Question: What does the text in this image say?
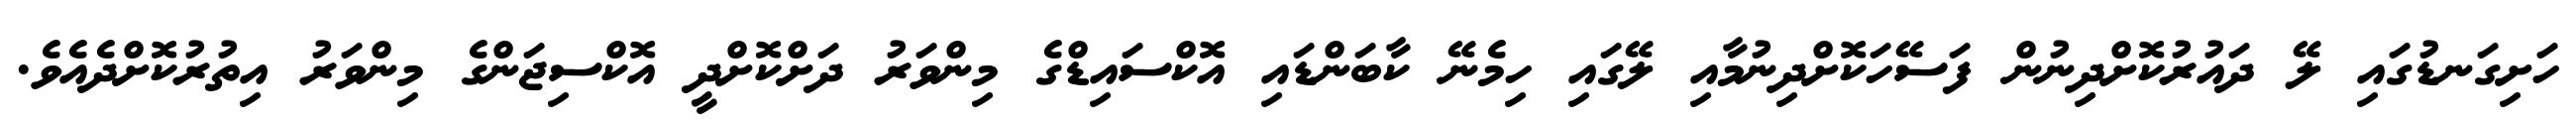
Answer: ހަށިގަނޑުގައި ލޭ ދައުރުކޮށްދިނުން ފަސޭހަކޮށްދިނުމާއި ލޭގައި ހިމެނޭ ކާބަންޑައި އޮކްސައިޑްގެ މިންވަރު ދަށްކޮށްދީ އޮކްސިޖަންގެ މިންވަރު އިތުރުކޮށްދެއެވެ.